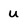
Character: u